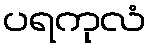
ပရကုလံ